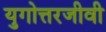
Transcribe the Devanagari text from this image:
युगोत्तरजीवी